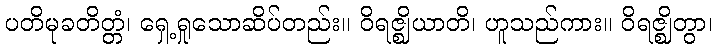
ပတိမုခတိတ္တံ၊ ရှေ့ရှုသောဆိပ်တည်း။ ဝိရဇ္ဈိယာတိ၊ ဟူသည်ကား။ ဝိရဇ္ဈိတွာ၊